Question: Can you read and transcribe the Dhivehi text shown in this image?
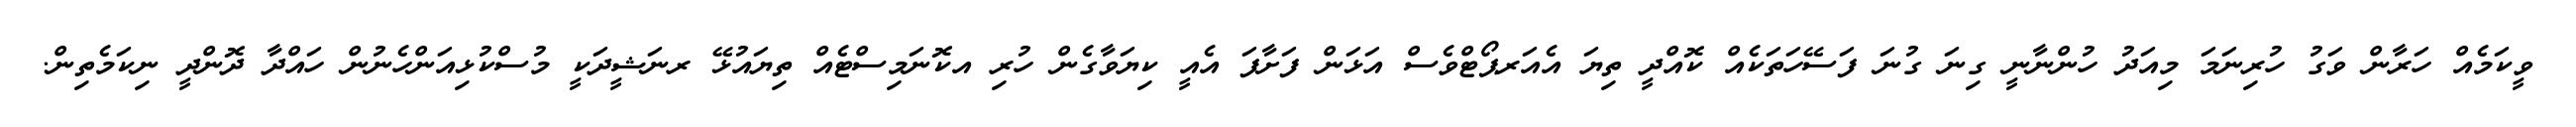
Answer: ވީކަމެއް ހަރާން ވަގު ހުރިނަމަ މިއަދު ހުންނާނީ ގިނަ ގުނަ ފަސޭހަތަކެއް ކޮއްދީ ތިޔަ އެއަރޕޯޓްވެސް އަޅަން ފަށާފަ އެއީ ކިޔަވާގެން ހުރި އކޮނަމިސްޓެއް ތިޔައުޅޭ ރނަޝީދަކީ މުސްކުޅިއަންހެނުން ހައްދާ ދޮންދީ ނިކަމެތިން.